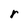
Character: r